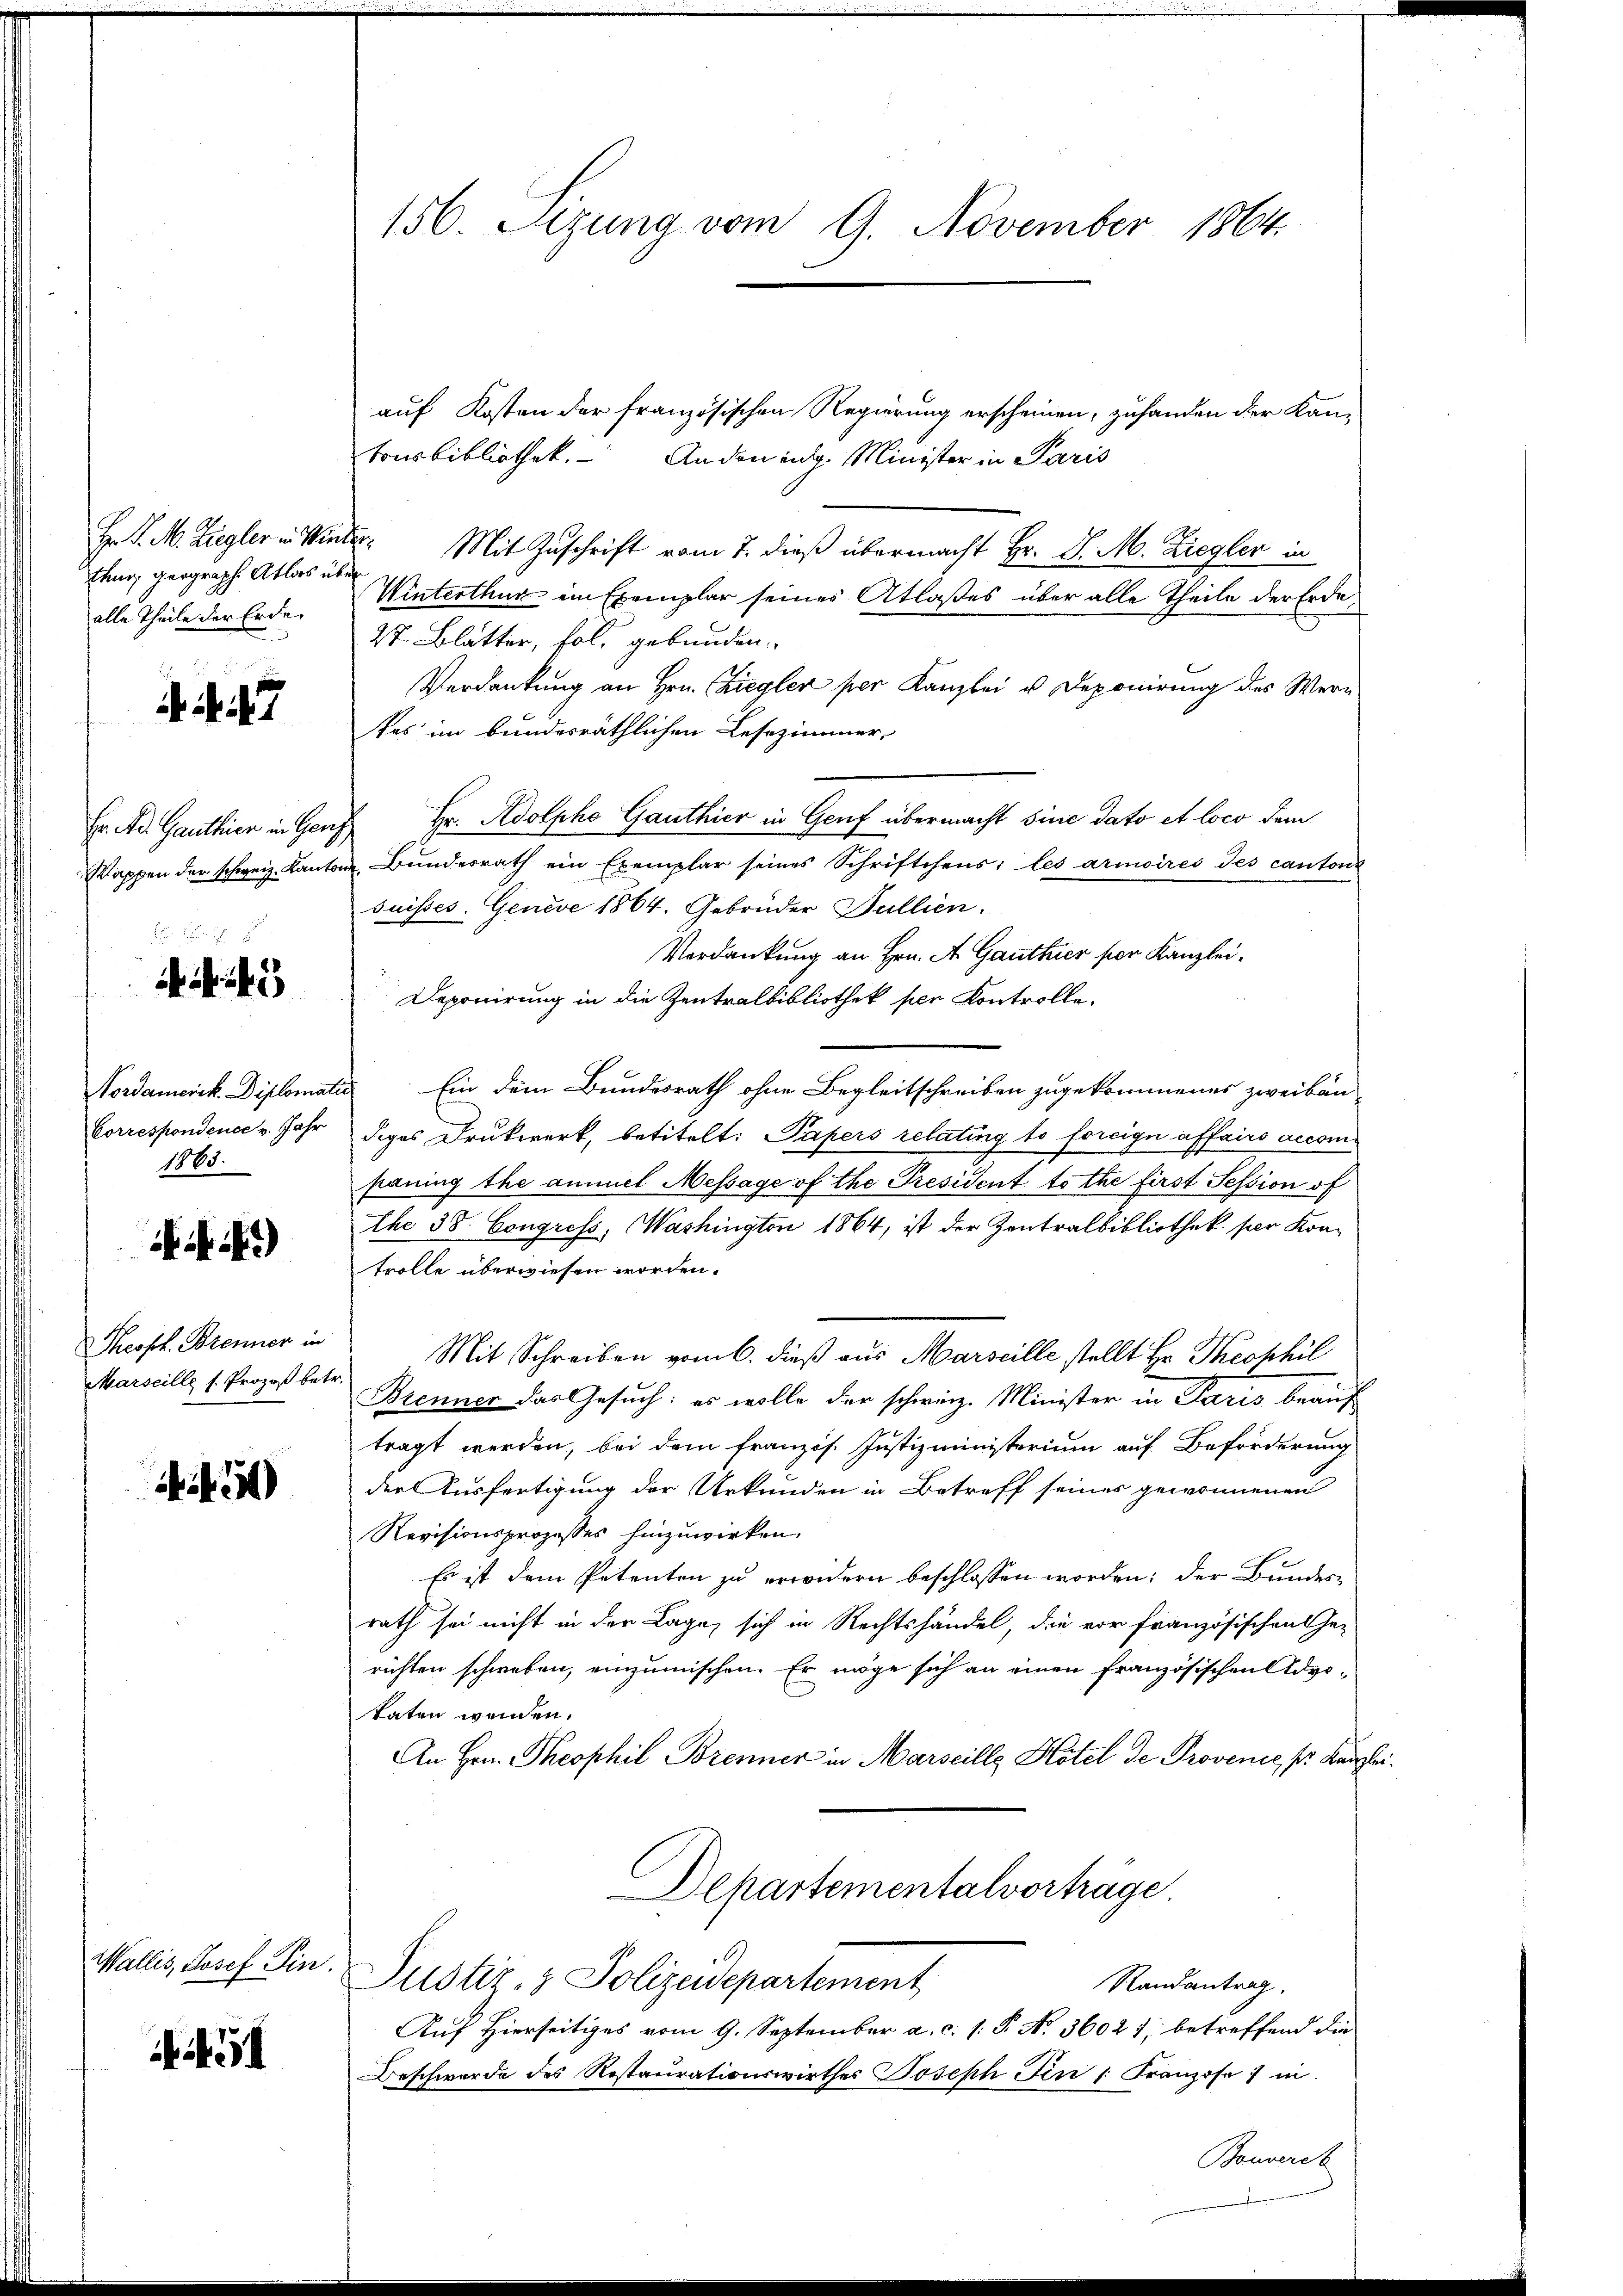
Hr. P. M. Ziegler in Win
Elung geograph Atlas u.
alle Theile der Erden

. 47

Er. Ad. Ganthier in Ganz
Kappen der schweiz. Kant

Nordamerik. Diplomati
Correspondence v. Jahr
1863.

)

Theoph. Brenner in
Marseille s. Prozeß betr

)

Wallis, Josef Pin.

5

156. Sitzung vom 9. November 1864.

auf Kosten der französischen Regierung erscheinen, zuhanden der Kan-
tonsbibliothek. Anden ing. Minister in Paris
I. Mit Zuschrift vom 7. dieß übermacht Hr. J. M. Ziegler in
i
Winterthur ein Exemplar seines Atlaßes über alle Theile der Erde¬
27. Blätter, fol. gebunden.
Verdankung an Hrn. Ziegler per Kanzlei u. Deponirung des Wern
kes im bundesräthlichen Lesezimmer,
 Hr. Adolpho Gauthier in Genf übermacht sine dato et loco dem
u. Bundesrath ein Exemplar seines Schriftchens; les armoires Jes canton
suisses. Geneve 1864. Gebrüder Dullien.
Verdankung an Hrn. A. Ganthier per Kanzlei¬
Deponirung in die Zentralbibliothek per Kontrolle.
 Ein dem Bundesrath ohne Begleitschreiben zugekommenes zweibäu-
diges Drukwerk, betitelt: Papers relating to forcign affairs accompauing the ammel Message of the President tothe first Session of
Ehe 38. Congress. Washington 1864, ist der Zentralbibliothek per Kontrolle überwiesen worden.
Mit Schreiben vom 6. dieß aus Marseille stellt Hr. Theophil
Brenner das Gesuch: es wolle der schweiz. Minister in Paris beauf
tragt werden, bei dem französ. Justizministerium auf Beförderung
der Ausfertigung der Urkunden in Betreff seines gewonnenen
Revisionsprozesses hinzuwirken.
Es ist dem Petenten zu erwidern beschlossen worden: der Bundesrath sei nicht in der Lage, sich in Rechtshandel, die vor französischen Ge-
richten schweben, einzumischen. Er möge sich an einen französischen Advotaten werden.
An Hrn. Theophil Brenner in Marseille Hotel de Provenie, so kanzlei¬
Departementalvortrage
Justiz- & Polizeidepartement
Randantrag.
Auf Hierseitiges vom 9. September a. c. s. P. N. 36021, betreffend die
Beschwerde des Restaurationswirthes Joseph Fin /: Franzose 1 in
Bouvereh